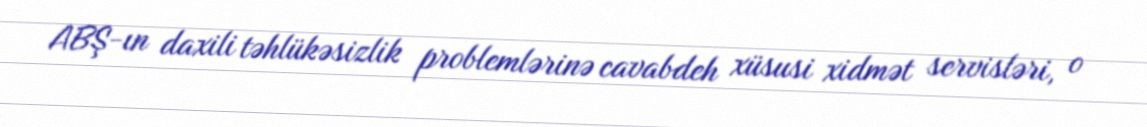
ABŞ-ın daxili təhlükəsizlik problemlərinə cavabdeh xüsusi xidmət servisləri, o